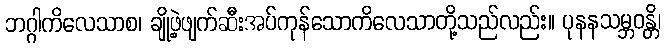
ဘဂ္ဂါကိလေသာစ၊ ချို့ဖဲ့ဖျက်ဆီးအပ်ကုန်သောကိလေသာတို့သည်လည်း။ ပုနနသမ္ဘဝန္တိ၊